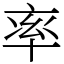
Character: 率